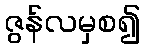
ဇွန်လမှစ၍